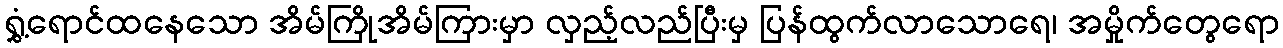
ရွှံ့ရောင်ထနေသော အိမ်ကြိုအိမ်ကြားမှာ လှည့်လည်ပြီးမှ ပြန်ထွက်လာသောရေ၊ အမှိုက်တွေရော